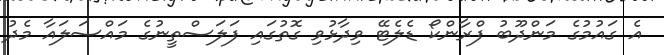
އެ ގައުމުގެ މަންދޫބު ފްރާންކޯ ޑެލެޓޭ ވިދާޅުވި ގޮތުގައި ފަލަސްތީނުގެ މައްސަލައާ މެދު